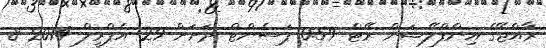
ރާއްޖޭގެ އިންފްލޭޝަން ރޭޓް 0.59 ޕަސެންޓް ދަށަށް 29 އެޕްރީލް 2014 8